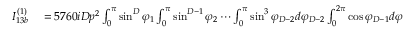
\begin{array} { r l } { I _ { 1 3 b } ^ { ( 1 ) } } & { { } = 5 7 6 0 i D p ^ { 2 } \int _ { 0 } ^ { \pi } \sin ^ { D } \varphi _ { 1 } \int _ { 0 } ^ { \pi } \sin ^ { D - 1 } \varphi _ { 2 } \cdots \int _ { 0 } ^ { \pi } \sin ^ { 3 } \varphi _ { D - 2 } d \varphi _ { D - 2 } \int _ { 0 } ^ { 2 \pi } \cos \varphi _ { D - 1 } d \varphi _ { D - 1 } } \end{array}